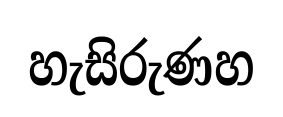
හැසිරුණහ